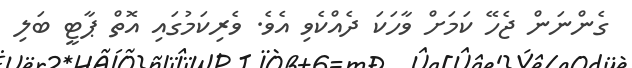
ގެންނަން ޖެހޭ ކަމަށް ވާހަކަ ދެއްކެވި އެވެ. ވެރިކަމުގައި އޮތް ޕާޓީ ބަލި